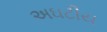
અઘટીય